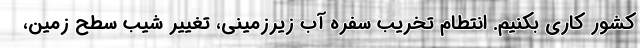
کشور کاری بکنیم. انتطام تخریب سفره آب زیرزمینی، تغییر شیب سطح زمین،